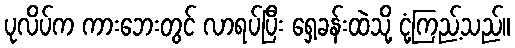
ပုလိပ်က ကားဘေးတွင် လာရပ်ပြီး ရှေ့ခန်းထဲသို့ ငုံ့ကြည့်သည်။